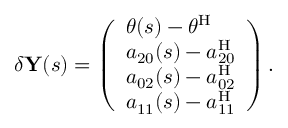
\delta \mathbf { Y } ( s ) = \left( \begin{array} { l } { \theta ( s ) - \theta ^ { \mathrm { H } } } \\ { a _ { 2 0 } ( s ) - a _ { 2 0 } ^ { \mathrm { H } } } \\ { a _ { 0 2 } ( s ) - a _ { 0 2 } ^ { \mathrm { H } } } \\ { a _ { 1 1 } ( s ) - a _ { 1 1 } ^ { \mathrm { H } } } \end{array} \right) .